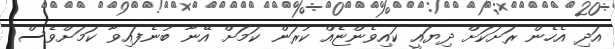
އަދި އެހެން ރަށަކަށް ދިޔައީ ކައިވެންޏެއް ކުރަން ކަމަށް އޭނާ ބުނެފައިވާ ކަމަށްވެސް